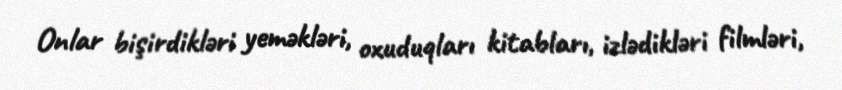
Onlar bişirdikləri yeməkləri, oxuduqları kitabları, izlədikləri filmləri,